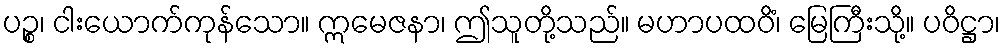
ပဉ္စ၊ ငါးယောက်ကုန်သော။ ဣမေဇနာ၊ ဤသူတို့သည်။ မဟာပထဝိံ၊ မြေကြီးသို့။ ပဝိဋ္ဌာ၊